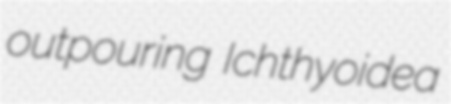
outpouring Ichthyoidea